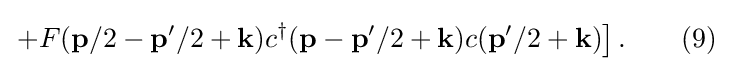
\left.+F(\mathbf {p} /2-\mathbf {p} ^{\prime }/2+\mathbf {k} )c^{\dagger }(\mathbf {p} -\mathbf {p} ^{\prime }/2+\mathbf {k} )c(\mathbf {p} ^{\prime }/2+\mathbf {k} )\right].\quad \quad (9)